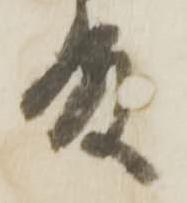
殿